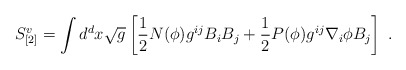
\begin{align*}S_{[2]}^v = \int d^dx \sqrt{g} \left[ \frac{1}{2}N(\phi)g^{ij}B_iB_j+ \frac{1}{2}P(\phi)g^{ij}\nabla_i\phi B_j\right]~.\end{align*}